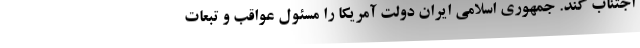
اجتناب کند. جمهوری اسلامی ایران دولت آمریکا را مسئول عواقب و تبعات